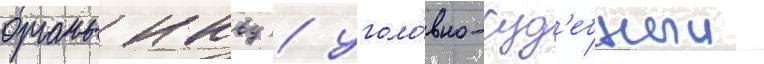
органы нквд / уголо́вно-суд'ебныи